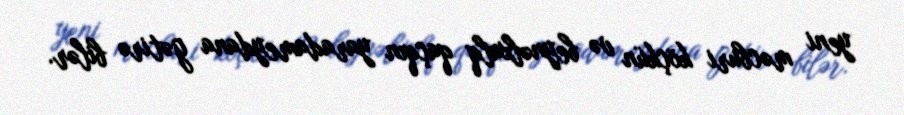
yeni məcburi köçkün və beynəlxalq qaçqın yaradameydana gətirə bilər.